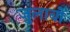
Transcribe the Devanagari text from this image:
जुलाबों